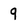
Character: 9